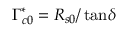
\Gamma _ { c 0 } ^ { * } = R _ { s 0 } / \tan \! \delta